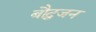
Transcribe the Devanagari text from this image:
बौद्धजन